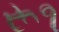
રૂ૧